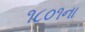
૧૮૦૧ના